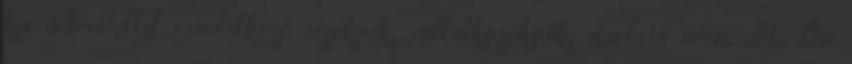
kis árbevétellel rendelkező cégeknek, vállalkozóknak, elérhető áron. Ha Ön